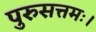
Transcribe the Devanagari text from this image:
पुरुसत्तमः।